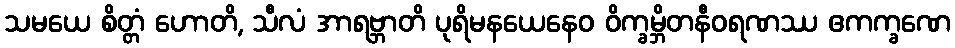
သမယေ စိတ္တံ ဟောတိ, သီလံ အာရဗ္ဘာတိ ပုရိမနယေနေဝ ဝိက္ခမ္ဘိတနီဝရဏဿ ဧကက္ခဏေ